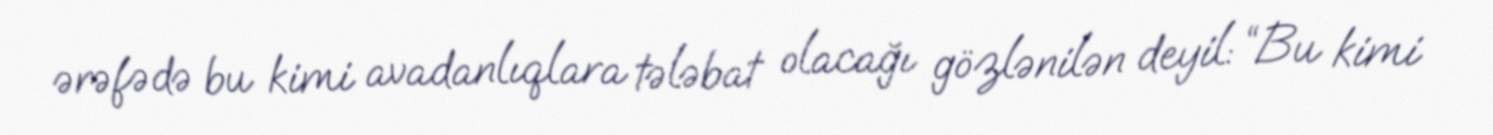
ərəfədə bu kimi avadanlıqlara tələbat olacağı gözlənilən deyil: “Bu kimi